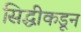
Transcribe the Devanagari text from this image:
सिद्धीकडून